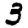
Digit: 3